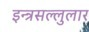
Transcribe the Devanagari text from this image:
इन्त्रसल्लुलार